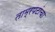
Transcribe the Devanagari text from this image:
ताम्रपटांचा